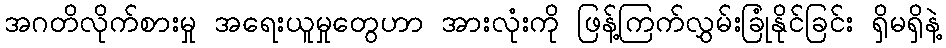
အဂတိလိုက်စားမှု အရေးယူမှုတွေဟာ အားလုံးကို ဖြန့်ကြက်လွှမ်းခြုံနိုင်ခြင်း ရှိမရှိနဲ့